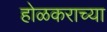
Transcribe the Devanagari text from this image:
होळकराच्या